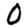
Digit: 0